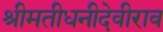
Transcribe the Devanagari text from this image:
श्रीमतीधनीदेवीराव